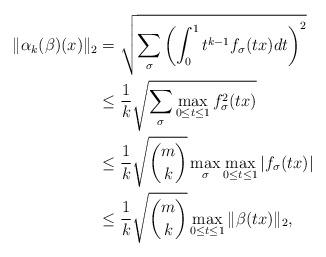
LaTeX: \begin{align*}\| \alpha_k (\beta) (x) \|_2 & = \sqrt{\sum_\sigma \left( \int_0^1 t^{k - 1} f_\sigma (t x) dt \right)^2} \\& \le \frac{1}{k} \sqrt{\sum_\sigma \max_{0 \le t \le 1} f_\sigma^2 (t x)} \\& \le \frac{1}{k} \sqrt{m \choose k} \max_\sigma \max_{0 \le t \le 1} | f_\sigma (t x) | \\& \le \frac{1}{k} \sqrt{m \choose k} \max_{0 \le t \le 1} \| \beta (t x) \|_2, \end{align*}